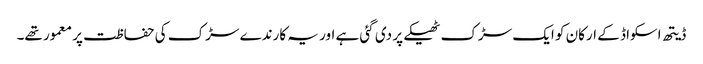
ڈیتھ اسکواڈ کے ارکان کو ایک سڑک ٹھیکے پر دی گئی ہے اور یہ کارندے سڑک کی حفاظت پر معمور تھے۔